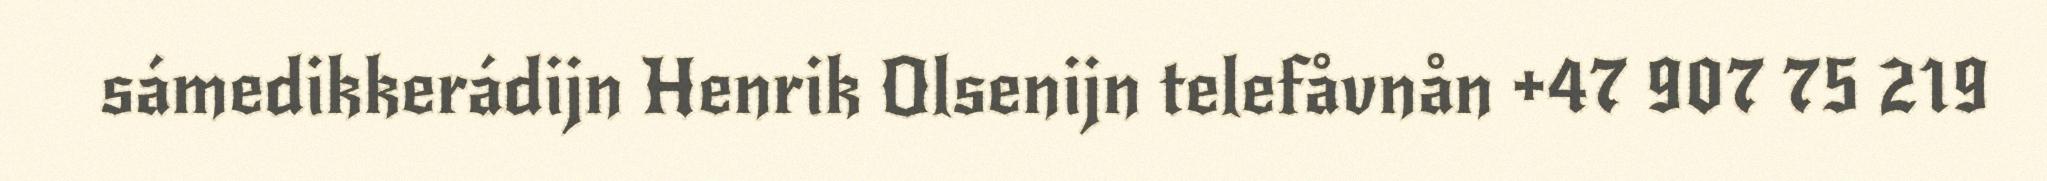
sámedikkerádijn Henrik Olsenijn telefåvnån +47 907 75 219